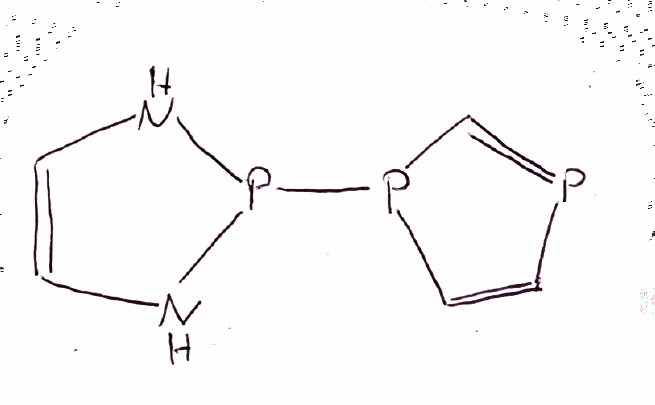
Simplified molecular-input line-entry system (SMILES) notation of the given molecule:
C1=CNP(N1)P2C=CP=C2